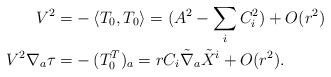
LaTeX: \begin{align*}V ^2 = & - \langle T_0, T_0 \rangle = (A^2 - \sum_i C_i^2) + O(r^2)\\ V ^2 \nabla_a \tau = &-(T_0^T)_a = r C_i \tilde \nabla_a \tilde X^i + O(r^2). \end{align*}